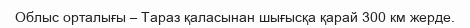
Облыс орталығы – Тараз қаласынан шығысқа қарай 300 км жерде.